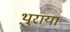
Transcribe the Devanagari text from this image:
थ़ुराया